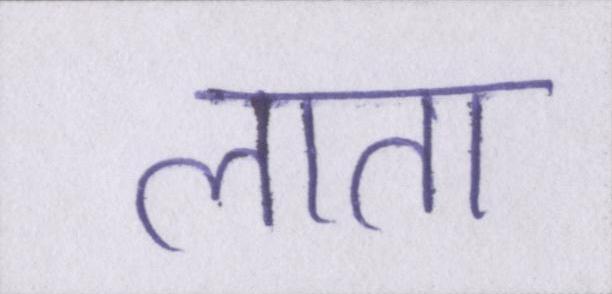
लाता